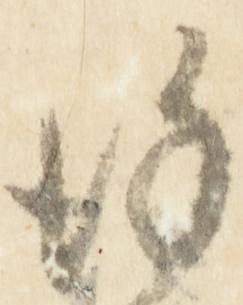
謹